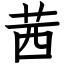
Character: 茜